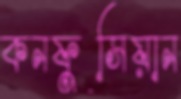
কনফুসিয়ান